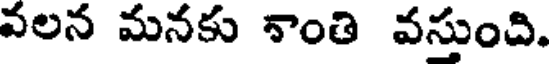
వలన మనకు నాంతి వసుంది.